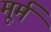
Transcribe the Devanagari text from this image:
मूर्म